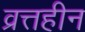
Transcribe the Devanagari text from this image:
व्रत्तहीन